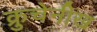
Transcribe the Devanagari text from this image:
क्रुचेनीख